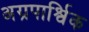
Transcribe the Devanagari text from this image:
अग्रपार्श्विक